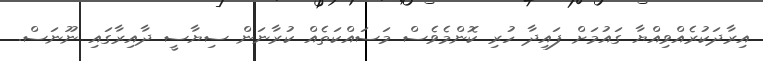
އިރާދަކުރެއްވިއްޔާ ގައުމަށް ފައިދާ ހުރި ކޮންމެވެސް މަސައްކަތެއް ކުރާނަން ސިޔާސީ ދާއިރާގައި ނޫނަސް.